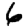
Digit: 6